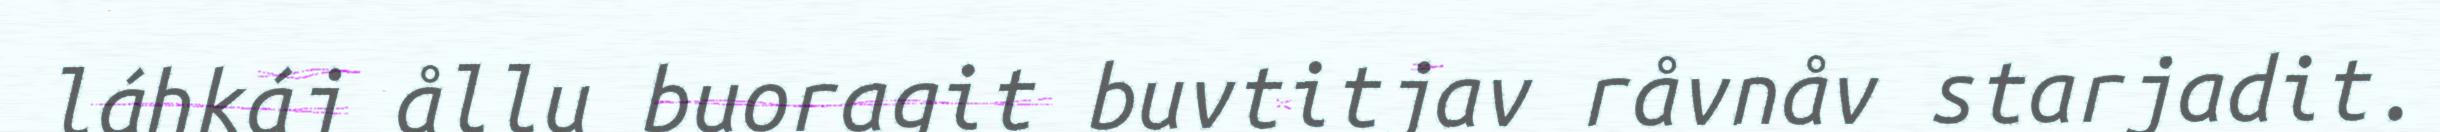
láhkáj ållu buoragit buvtitjav råvnåv starjadit.